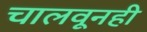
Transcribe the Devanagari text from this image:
चालवूनही